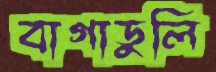
বাগাডুলি